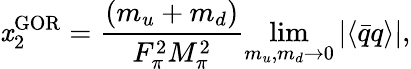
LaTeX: \mathit{x}_{2}^{\mathrm{{GOR}}}=\frac{{(m_{u}+m_{d})}}{{F_{\pi}^{2}M_{\pi}^{2}}}\operatorname*{lim}_{m_{u},m_{d}\to0}|\langle\bar{{q}}q\rangle|,